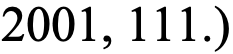
2001, 111.)